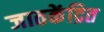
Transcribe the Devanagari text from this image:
जातकेंद्रित